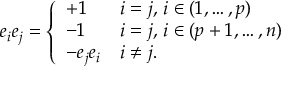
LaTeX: e _ { i } e _ { j } = { \left\{ \begin{array} { l l } { + 1 } & { i = j , \, i \in ( 1 , \ldots , p ) } \\ { - 1 } & { i = j , \, i \in ( p + 1 , \ldots , n ) } \\ { - e _ { j } e _ { i } } & { i \neq j . } \end{array} \right. }